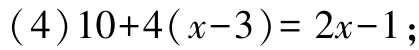
\((4)10 + 4(x - 3)=2x - 1;\)